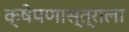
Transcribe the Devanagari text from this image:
क्षेपणास्त्राला